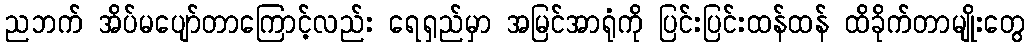
ညဘက် အိပ်မပျော်တာကြောင့်လည်း ရေရှည်မှာ အမြင်အာရုံကို ပြင်းပြင်းထန်ထန် ထိခိုက်တာမျိုးတွေ